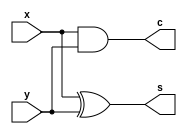
module UPC_Half_Adder (output s, c, input x, y);
  xor g1 (s, x, y);
  and g2 (c, x, y);
endmodule


module UPC_Full_Adder (output s, c, input x, y, z);
  wire	s1, c1, c2;

  UPC_Half_Adder HA1 (s1, c1, x, y);
  UPC_Half_Adder HA2 (s, c2, s1, z);
  or g1 (c, c2, c1);
endmodule


module UPC_Add_Sub_1 (output s, c, input a, b, cin);
	wire w1;
	
	xor g1 (w1,b,cin);
	UPC_Full_Adder FA(s,c,a,w1,cin);
endmodule


module UPC_Add_Sub_4_V2 (output [3: 0] r, output c4, input [3:0]  a, b, input s);
	wire w1,w2,w3;
	
	UPC_Add_Sub_1 AS1 (r[0],w1,a[0],b[0],s);
	UPC_Add_Sub_1 AS2 (r[1],w2,a[1],b[1],w1);
	UPC_Add_Sub_1 AS3 (r[2],w3,a[2],b[2],w2);
	UPC_Add_Sub_1 AS4 (r[3],c4,a[3],b[3],w3);
endmodule


module UPC_Add_Sub_4 (output [3: 0] r, output c4, v, input [3:0]  a, b, input s);
	wire w1,w2,w3,t0,t1,t2,t3;
	
	
	xor g0 (t0,b[0],s);
	UPC_Full_Adder FA1 (r[0],w1,a[0],t0,s);
	xor g1 (t1,b[1],s);
	UPC_Full_Adder FA2 (r[1],w2,a[1],t1,w1);
	xor g2 (t2,b[2],s);
	UPC_Full_Adder FA3 (r[2],w3,a[2],t2,w2);
	xor g3 (t3,b[3],s);
	UPC_Full_Adder FA4 (r[3],c4,a[3],t3,w3);
	
	xor g4 (v,w3,c4);
endmodule